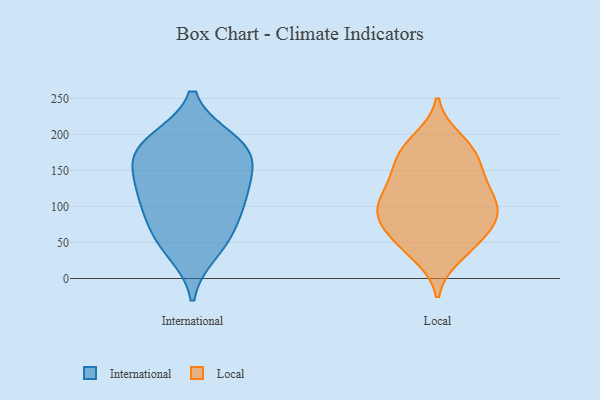
{"axis": {"x": "Population (Million)", "y": "Value"}, "legend": ["International", "Local"], "data": [{"x": "", "y": 180, "type": "International"}, {"x": "", "y": 188, "type": "International"}, {"x": "", "y": 108, "type": "International"}, {"x": "", "y": 164, "type": "International"}, {"x": "", "y": 135, "type": "International"}, {"x": "", "y": 191, "type": "International"}, {"x": "", "y": 119, "type": "International"}, {"x": "", "y": 69, "type": "International"}, {"x": "", "y": 101, "type": "International"}, {"x": "", "y": 164, "type": "International"}, {"x": "", "y": 38, "type": "International"}, {"x": "", "y": 55, "type": "International"}, {"x": "", "y": 101, "type": "Local"}, {"x": "", "y": 53, "type": "Local"}, {"x": "", "y": 192, "type": "Local"}, {"x": "", "y": 177, "type": "Local"}, {"x": "", "y": 40, "type": "Local"}, {"x": "", "y": 173, "type": "Local"}, {"x": "", "y": 121, "type": "Local"}, {"x": "", "y": 87, "type": "Local"}, {"x": "", "y": 148, "type": "Local"}, {"x": "", "y": 79, "type": "Local"}, {"x": "", "y": 110, "type": "Local"}, {"x": "", "y": 32, "type": "Local"}, {"x": "", "y": 145, "type": "Local"}, {"x": "", "y": 81, "type": "Local"}, {"x": "", "y": 87, "type": "Local"}, {"x": "", "y": 101, "type": "Local"}, {"x": "", "y": 58, "type": "Local"}, {"x": "", "y": 133, "type": "Local"}, {"x": "", "y": 180, "type": "Local"}]}